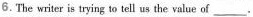
6.The writer is trying to tell us the value of ___.